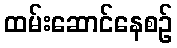
ထမ်းဆောင်နေစဉ်